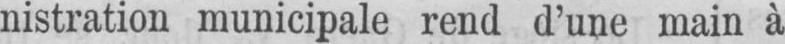
nistration municipale rend d’une main à